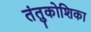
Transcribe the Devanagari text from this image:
तंतुकोशिका